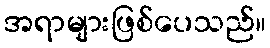
အရာများဖြစ်ပေသည်။